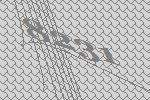
8231